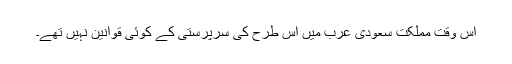
اس وقت مملکت سعودى عرب میں اس طرح کى سرپرستى کے کوئى قوانین نہیں تهے۔